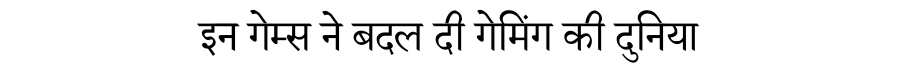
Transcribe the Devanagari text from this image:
इन गेम्स ने बदल दी गेमिंग की दुनिया